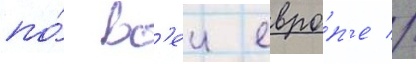
по́ вс'еи евро́п'е //